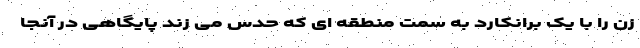
زن را با یک برانکارد به سمت منطقه ای که حدس می زند پایگاهی در آنجا